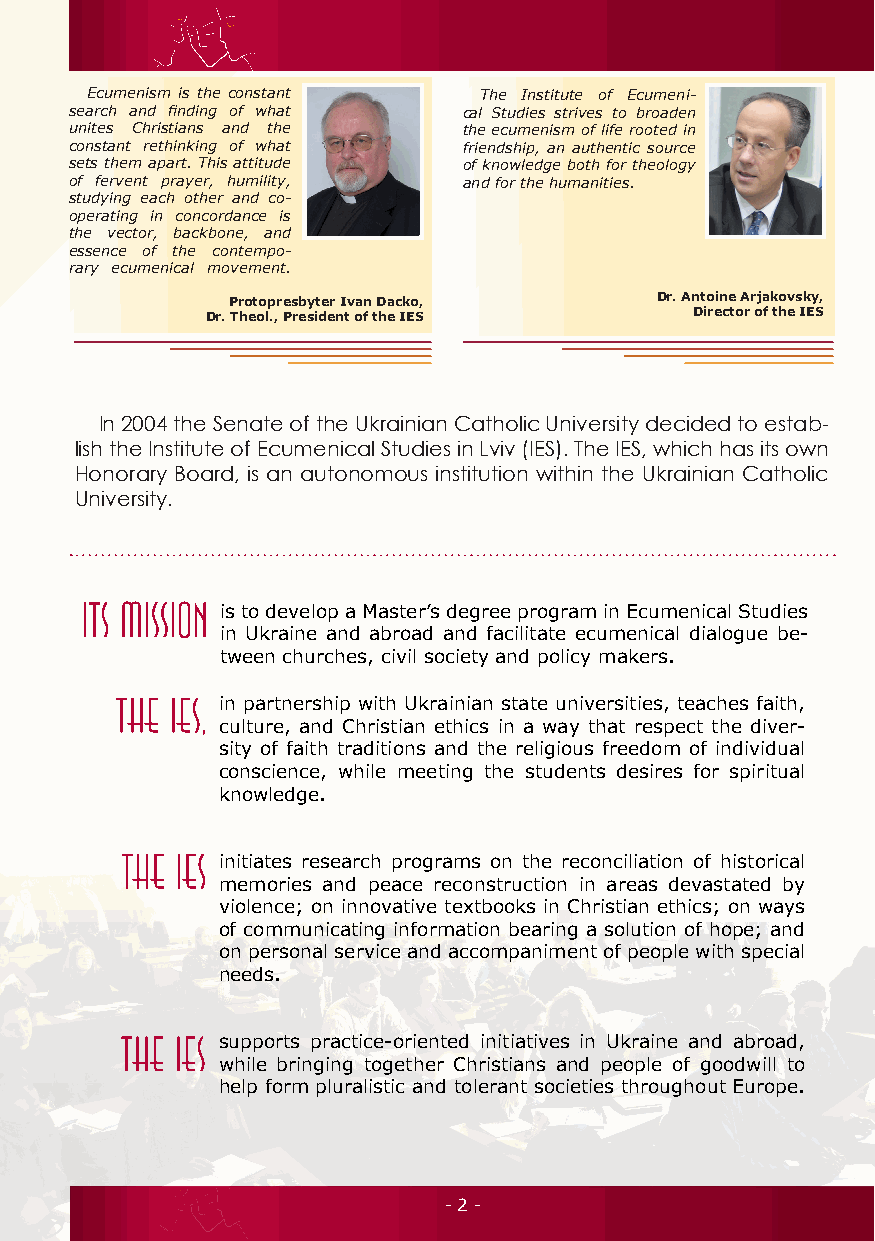
Ecumenism is the constant The Institute of Ecumeni-
 search and finding of what cal Studies strives to broaden
 unites Christians and the the ecumenism of life rooted in
 constant rethinking of what friendship, an authentic source
 sets them apart. This attitude of knowledge both for theology
 of fervent prayer, humility, and for the humanities.
 studying each other and co-
 operating in concordance is
 the vector, backbone, and
 essence of the contempo-
 rary ecumenical movement.
 Protopresbyter Ivan Dacko,  Dr. Antoine Arjakovsky,
 Dr. Theol., President of the IES Director of the IES
 In 2004 the Senate of the Ukrainian Catholic University decided to estab-
 lish the Institute of Ecumenical Studies in Lviv (IES). The IES, which has its own
 Honorary Board, is an autonomous institution within the Ukrainian Catholic
 University.
 is to develop a Master’s degree program in Ecumenical Studies
 in Ukraine and abroad and facilitate ecumenical dialogue be-
 tween churches, civil society and policy makers.
 in partnership with Ukrainian state universities, teaches faith,
 culture, and Christian ethics in a way that respect the diver-
 sity of faith traditions and the religious freedom of individual
 conscience, while meeting the students desires for spiritual
 knowledge.
 initiates research programs on the reconciliation of historical
 memories and peace reconstruction in areas devastated by
 violence; on innovative textbooks in Christian ethics; on ways
 of communicating information bearing a solution of hope; and
 on personal service and accompaniment of people with special
 needs.
 supports practice-oriented initiatives in Ukraine and abroad,
 while bringing together Christians and people of goodwill to
 help form pluralistic and tolerant societies throughout Europe.
 - 2 -